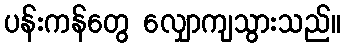
ပန်းကန်တွေ လျှောကျသွားသည်။